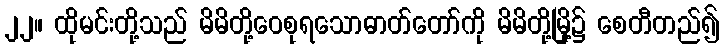
၂၂။ ထိုမင်းတို့သည် မိမိတို့ဝေစုရသောဓာတ်တော်ကို မိမိတို့မြို့၌ စေတီတည်၍